Statistical return of the lunatic asylum in Assam - 1912-1932
Year: 1912
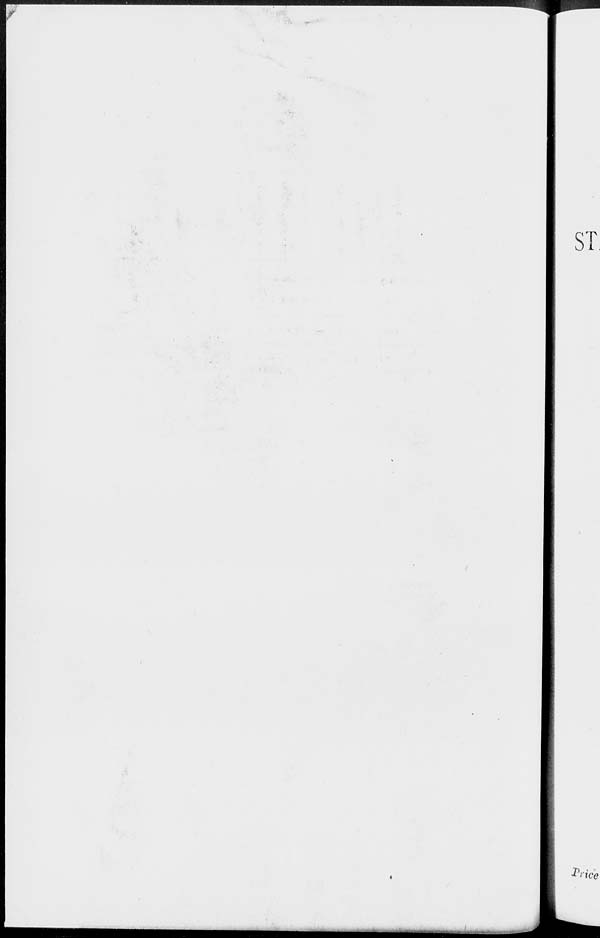
ST,
Pri tee